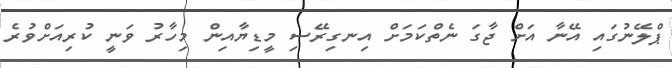
ޕްލޭނުގައި އޭނާ އަށް ޖާގަ ނެތްކަމަށް އިނގިރޭސި މީޑިޔާއިން މިހާރު ވަނީ ކުރިއަށްވުރެ